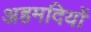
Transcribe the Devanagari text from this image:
अहमदियों